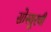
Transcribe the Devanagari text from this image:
सोस्यूरची